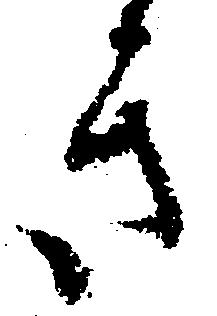
き